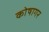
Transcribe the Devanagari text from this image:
कोषागर